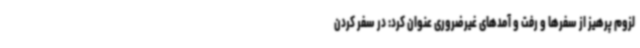
لزوم پرهیز از سفرها و رفت و آمدهای غیرضروری عنوان کرد: در سفر کردن